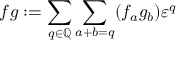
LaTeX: f g : = \sum _ { q \in \mathbb { Q } } \sum _ { a + b = q } ( f _ { a } g _ { b } ) \varepsilon ^ { q }